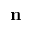
\mathbf { n }